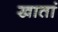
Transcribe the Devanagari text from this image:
खातां